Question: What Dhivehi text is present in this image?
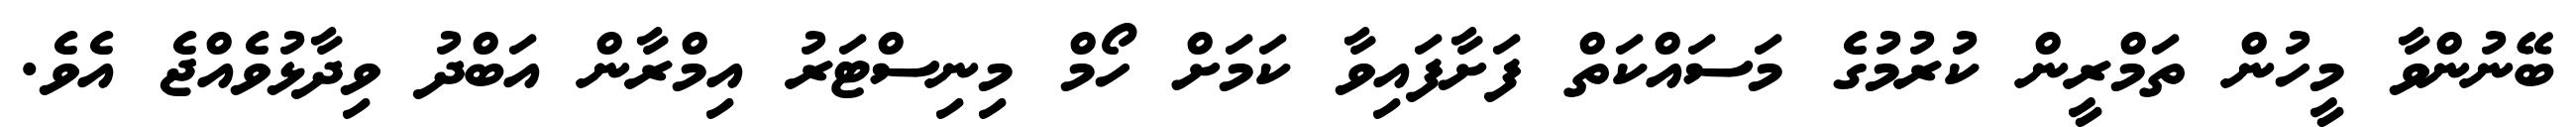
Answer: ބޭނުންވާ މީހުން ތަމްރީން ކުރުމުގެ މަސައްކަތް ފަށާފައިވާ ކަމަށް ހޯމް މިނިސްޓަރު އިމްރާން އަބްދު ވިދާޅުވެއްޖެ އެވެ.